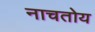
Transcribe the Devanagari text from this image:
नाचतोय